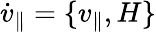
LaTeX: \dot{v}_{\parallel}=\{ v_{\parallel},H\}